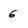
Character: G